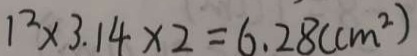
1 ^ { 2 } \times 3 . 1 4 \times 2 = 6 . 2 8 ( c m ^ { 2 } )